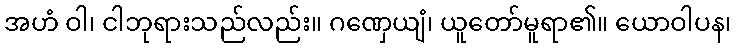
အဟံ ဝါ၊ ငါဘုရားသည်လည်း။ ဂဏှေယျံ၊ ယူတော်မူရာ၏။ ယောဝါပန၊